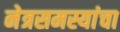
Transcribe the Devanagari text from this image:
नेत्रसमस्यांचा